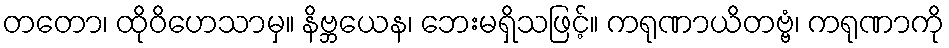
တတော၊ ထိုဝိဟေသာမှ။ နိဗ္ဘယေန၊ ဘေးမရှိသဖြင့်။ ကရုဏာယိတဗ္ဗံ၊ ကရုဏာကို